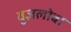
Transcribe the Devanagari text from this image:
वुज़लोबा